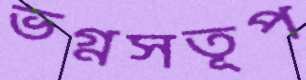
ভগ্নসতূপ